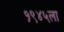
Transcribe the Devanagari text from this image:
१९४५ला